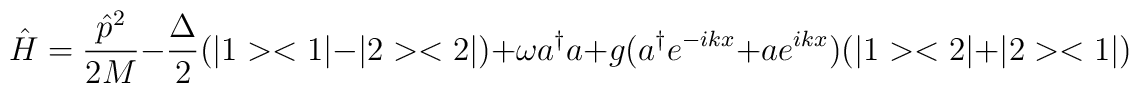
\hat{H}=\frac{\hat{p}^2}{2M}-\frac{\Delta}{2} (|1><1| - |2><2|) +\omega a^{\dagger}a+g(a^{\dagger} e^{-ikx} + ae^{ikx})(|1><2|+|2><1|)